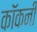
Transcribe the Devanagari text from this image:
कॉकनी